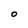
Character: 0